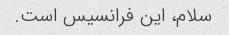
سلام، این فرانسیس است.